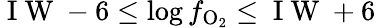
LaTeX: \mathrm{~I~W~}-6\le\log f_{\mathrm{O_{2}}}\le\mathrm{~I~W~}+6